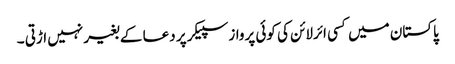
پاکستان میں کسی ائرلائن کی کوئی پرواز سپیکر پر دعا کے بغیر نہیں اڑتی ۔